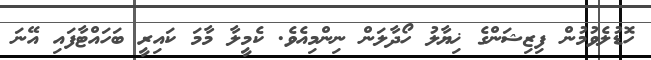
ހޮޑުލެވުމުން ފިޒިޝަންގެ ޚިޔާލު ހޯދާލަން ނިންމިއެވެ. ކެމީލާ މާމަ ކައިރީ ބަހައްޓާފައި އޭނަ